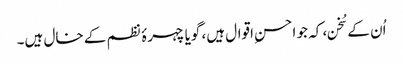
اُن کے سُخن، کہ جو احسنِ اقوال ہیں، گویا چہرۂ نظم کے خال ہیں۔